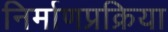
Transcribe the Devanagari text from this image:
निर्माणप्रक्रिया